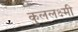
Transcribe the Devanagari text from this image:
कुललक्ष्मी